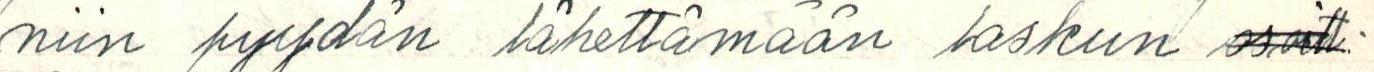
niin pyydän lähettämään laskun osoitt-